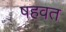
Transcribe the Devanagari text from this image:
षहवत